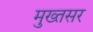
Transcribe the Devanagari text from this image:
मुख्तसर